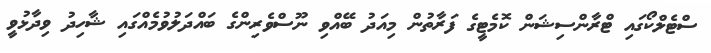
ސްޓެލްކޯގައި ޓްރާންސިޝަން ކޮމެޓީގެ ފަރާތުން މިއަދު ބޭއްވި ނޫސްވެރިންގެ ބައްދަލުވުމެއްގައި ޝާހިދު ވިދާޅުވީ